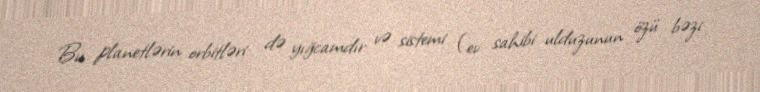
Bu planetlərin orbitləri də yığcamdır və sistemi (ev sahibi ulduzunun özü bəzi